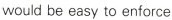
would be easy to enforce.